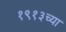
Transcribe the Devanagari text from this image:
१९१३च्या